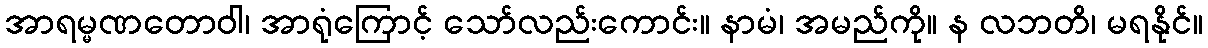
အာရမ္မဏတောဝါ၊ အာရုံကြောင့် သော်လည်းကောင်း။ နာမံ၊ အမည်ကို။ န လဘတိ၊ မရနိုင်။